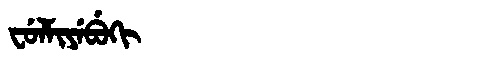
Manchu: ᠸᡠᠯᠮᡳᠶᡝᠪᡠᡴᡳ
Romanization: FULMIYEBUKI